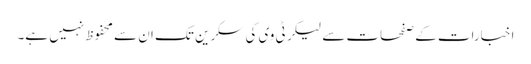
اخبارات کے صفحات سے لیکر ٹی وی کی سکرین تک ان سے محفوظ نہیں ہے۔